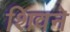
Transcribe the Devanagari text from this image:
शिवने